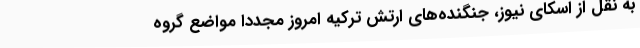
به نقل از اسکای نیوز، جنگنده‌های ارتش ترکیه امروز مجددا مواضع گروه